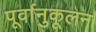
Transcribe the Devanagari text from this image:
पूर्वानुकूलन